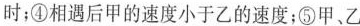
时；④相遇后甲的速度小于乙的速度；⑤甲、乙